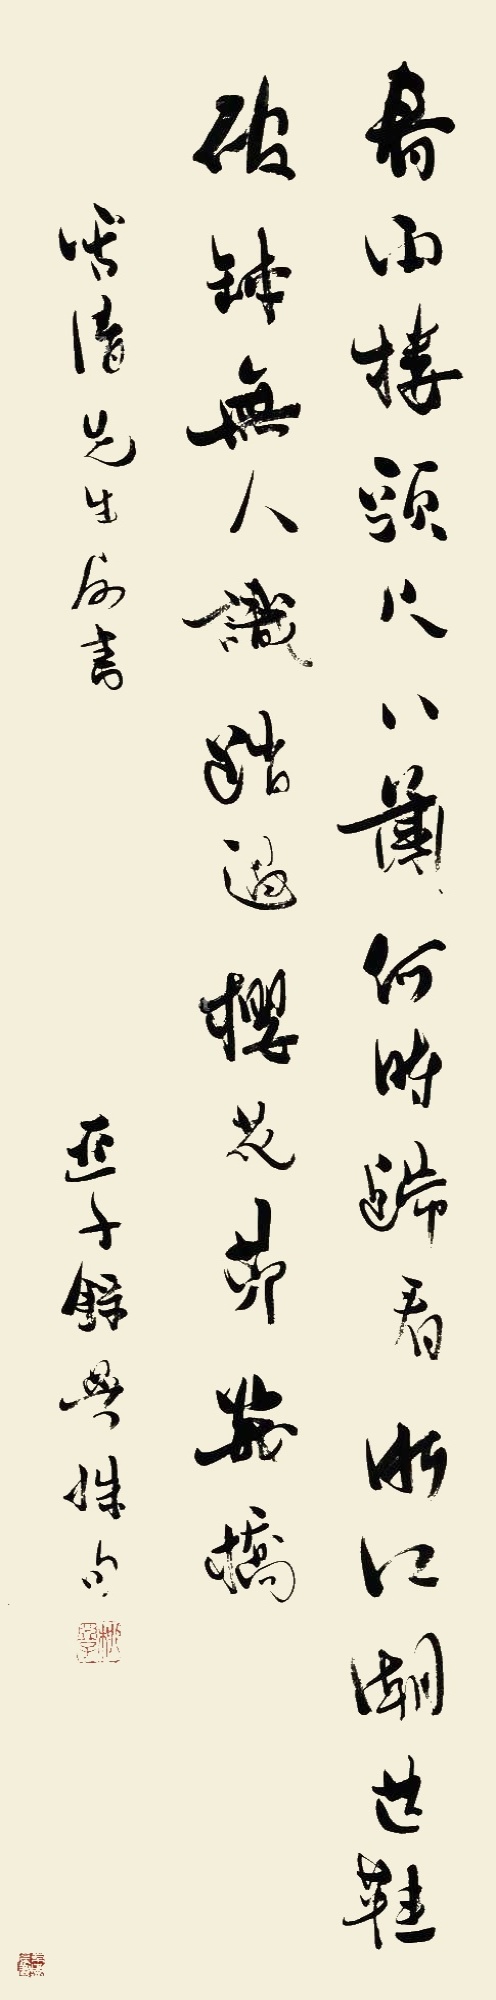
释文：春雨楼头尺八箫，何时归看浙江潮？芒鞋破钵无人识，踏过樱花第几桥。□清先生属书，亚子录曼殊句。